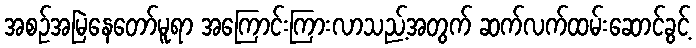
အစဉ်အမြဲနေတော်မူရာ အကြောင်းကြားလာသည့်အတွက် ဆက်လက်ထမ်းဆောင်ခွင့်